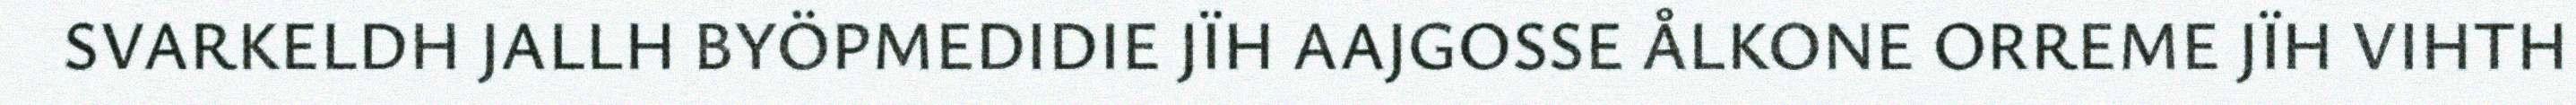
SVARKELDH JALLH BYÖPMEDIDIE JÏH AAJGOSSE ÅLKONE ORREME JÏH VIHTH